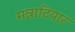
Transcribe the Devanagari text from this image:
मन्नाटियार